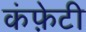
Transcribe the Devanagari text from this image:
कंफ़ेटी